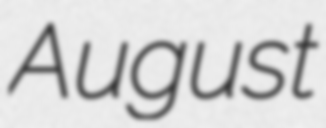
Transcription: August